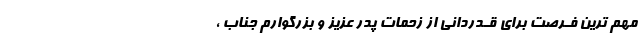
مهم ترین فـرصت برای قـدردانی از زحمات پدر عزیز و بزرگوارم جناب ،